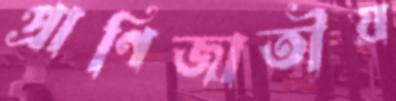
প্রাণিজাতীয়